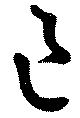
已